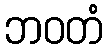
ဘဝတံ